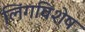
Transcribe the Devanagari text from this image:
लिंगविशेष